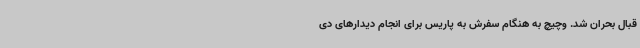
قبال بحران شد. وچیچ به هنگام سفرش به پاریس برای انجام دیدارهای دی